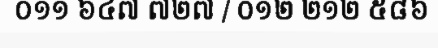
០១១ ៦៤៧ ៧២៧ / ០១២ ២១២ ៥៨៦